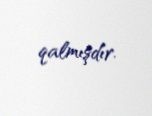
qalmışdır.